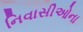
નિવાસીઓના